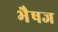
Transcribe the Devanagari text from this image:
भैषज